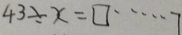
4 3 \div x = \square \cdots 7